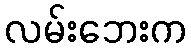
လမ်းဘေးက